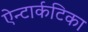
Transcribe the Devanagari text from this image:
ऐन्टार्कटिका